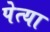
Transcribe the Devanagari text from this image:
पेत्या